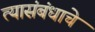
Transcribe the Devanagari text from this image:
त्यासंबंधाचे